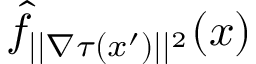
\hat { f } _ { | | \nabla \tau ( x ^ { \prime } ) | | ^ { 2 } } ( x )